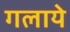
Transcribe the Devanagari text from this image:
गलाये